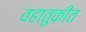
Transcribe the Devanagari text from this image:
वहातुकीत